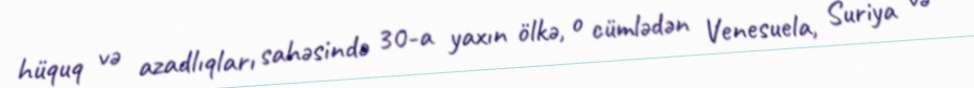
hüquq və azadlıqları sahəsində 30-a yaxın ölkə, o cümlədən Venesuela, Suriya və